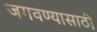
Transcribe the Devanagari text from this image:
जगवण्यासाठी